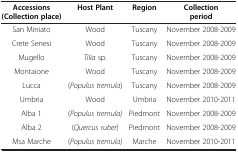
<table><thead><tr><td><b>Accessions (Collection place)</b></td><td><b>Host Plant</b></td><td><b>Region</b></td><td><b>Collection period</b></td></tr></thead><tbody><tr><td>San Miniato</td><td>Wood</td><td>Tuscany</td><td>November 2008-2009</td></tr><tr><td>Crete Senesi</td><td>Wood</td><td>Tuscany</td><td>November 2008-2009</td></tr><tr><td>Mugello</td><td><i>Tilia</i> sp.</td><td>Tuscany</td><td>November 2008-2009</td></tr><tr><td>Montaione</td><td>Wood</td><td>Tuscany</td><td>November 2008-2009</td></tr><tr><td>Lucca</td><td>(<i>Populus tremula</i>)</td><td>Tuscany</td><td>November 2008-2009</td></tr><tr><td>Umbria</td><td>Wood</td><td>Umbria</td><td>November 2010-2011</td></tr><tr><td>Alba 1</td><td>(<i>Populus tremula)</i></td><td>Piedmont</td><td>November 2008-2009</td></tr><tr><td>Alba 2</td><td>(<i>Quercus ruber</i>)</td><td>Piedmont</td><td>November 2008-2009</td></tr><tr><td>Msa Marche</td><td>(<i>Populus tremula)</i></td><td>Marche</td><td>November 2010-2011</td></tr></tbody></table>